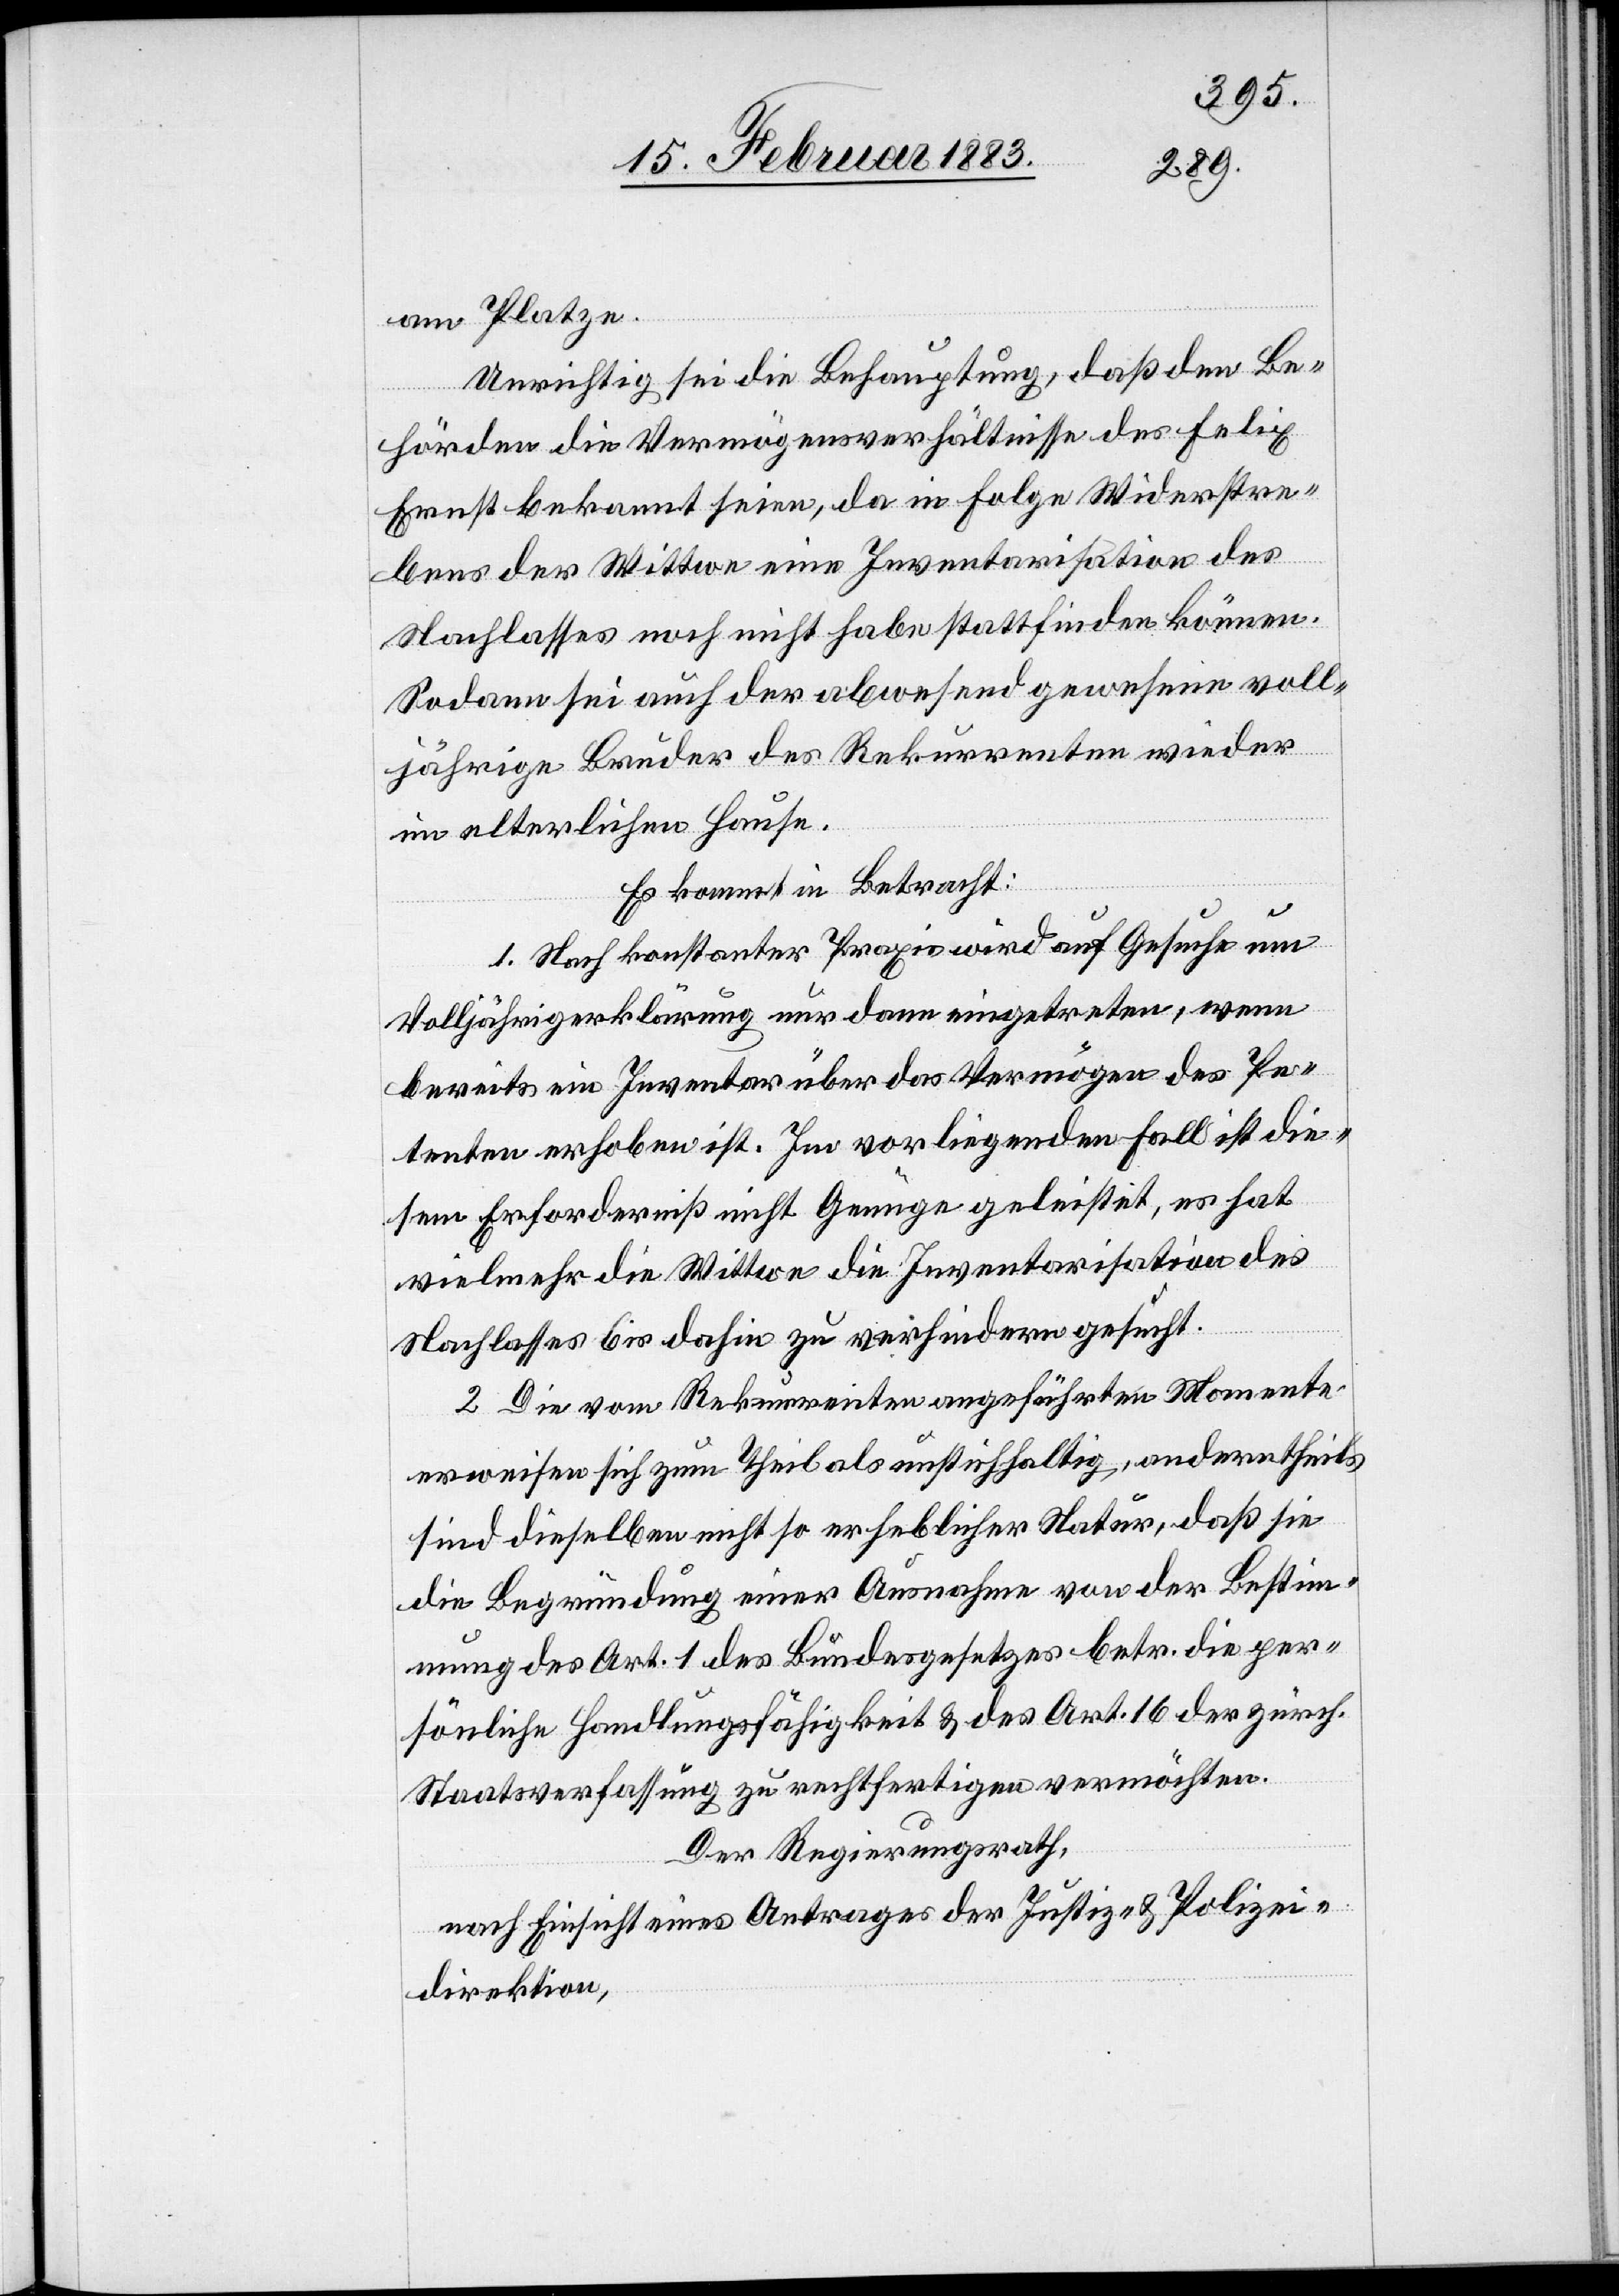
am Platze.
Unrichtig sei die Behauptung, daß den Be¬
hörden die Vermögensverhältnisse des Felix
Ernst bekannt seien, da in Folge Widerstan¬
des der Wittwe eine Inventarisation des
Nachlasses noch nicht habe stattfinden können.
Sodann sei auch der abwesend gewesene voll¬
jährige Bruder des Rekurrenten wieder
im elterlichen Hause.
Es kommt in Betracht:
1. Nach konstanter Praxis wird auf Gesuche um
Volljährigerklärung nur dann eingetreten, wenn
bereits ein Inventar über das Vermögen des Pe¬
tenten erhoben ist. Im vorliegenden Fall ist die¬
sem Erforderniß nicht Genüge geleistet, es hat
vielmehr die Wittwe die Inventarisation des
Nachlasses bis dahin zu verhindern gesucht.
2. Die vom Rekurrenten angeführten Momente
erweisen sich zum Theil als unstichhaltig; anderntheils
sind dieselben nicht so erheblicher Natur, daß sie
die Begründung einer Ausnahme von der Bestim¬
mung des Art. 1 des Bundesgesetzes betr. die per¬
sönliche Handlungsfähigkeit & des Art. 16 der zürch.
Staatsverfassung zu rechtfertigen vermögen.
Der Regierungsrath,
nach Einsicht eines Antrages der Justiz- & Polizei¬
direktion,